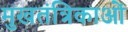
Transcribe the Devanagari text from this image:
मुखतंत्रिकाओं